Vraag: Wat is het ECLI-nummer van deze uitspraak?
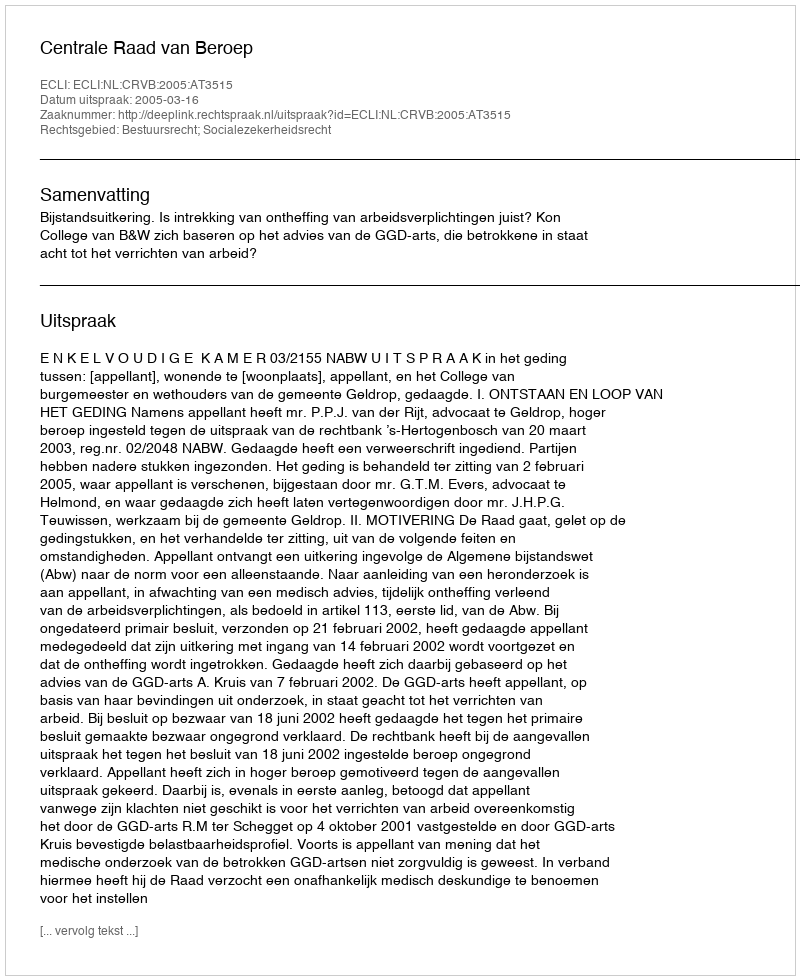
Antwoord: ECLI:NL:CRVB:2005:AT3515